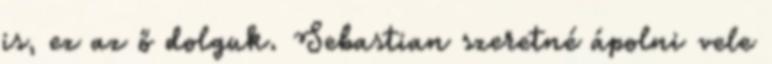
is, ez az ő dolguk. Sebastian szeretné ápolni vele